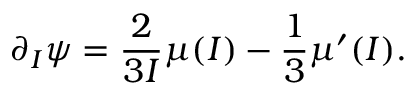
\partial _ { I } \psi = \frac { 2 } { 3 I } \mu ( I ) - \frac { 1 } { 3 } \mu ^ { \prime } ( I ) .